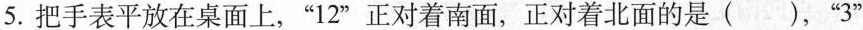
5.把手表平放在桌面上，“12”正对着南面，正对着北面的是（），“3”